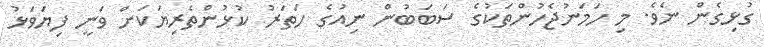
ގުޅިގެން ނެވެ. މި ހަމަނުޖެހުންތަކުގެ ސަބަބުން ނިއުގެ ހަތަރު ކުޅުންތެރިޔަކަށް ވަނީ ފިޔަވަޅު